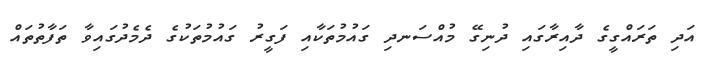
އަދި ތަރައްގީގެ ދާއިރާގައި ދުނިގޭ މުއްސަނދި ގައުމުތަކާއި ފަގީރު ގައުމުތަކުގެ ދެމެދުގައިވާ ތަފާތުތައް